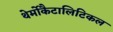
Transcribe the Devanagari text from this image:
थेर्मोकैटालिटिकल